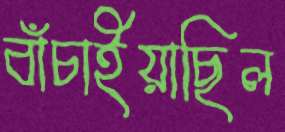
বাঁচাইয়াছিল